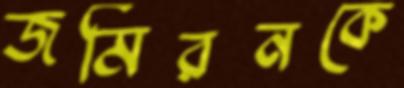
জমিরনকে